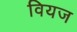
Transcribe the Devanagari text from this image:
वियज